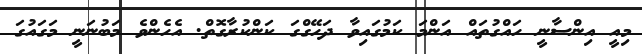
މިއީ އިންސާނީ ހައްގުތައް އަންމަ ކަމުގައިވާ ދަހޭގްގަ ކަންކުރާގޮތް. އެހެންވެ މަބުނަނީ މަގައުގަ